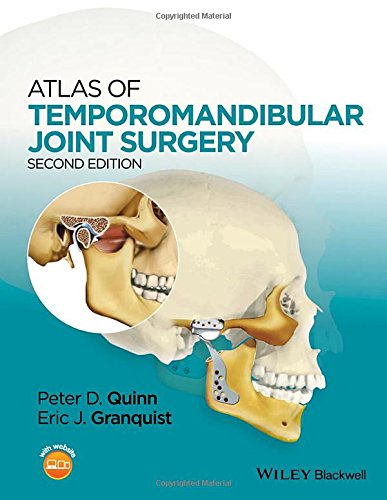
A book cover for Atlas of Temporomandibular Joint Surgery; Medical Books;